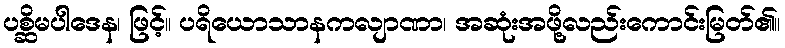
ပစ္ဆိမပါဒေန၊ ဖြင့်။ ပရိယောသာနကလျာဏာ၊ အဆုံးအဖို့လည်းကောင်းမြတ်၏။